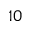
1 0